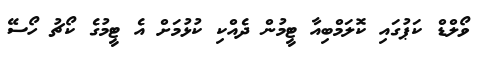
ވޯލްޑް ކަޕުގައި ކޮލަމްބިއާ ޓީމުން ދެއްކި ކުޅުމަށް އެ ޓީމުގެ ކޯޗު ހޯސޭ